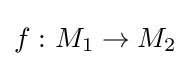
f\,\colon M_{1}\to M_{2}